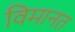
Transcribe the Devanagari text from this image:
विमानत